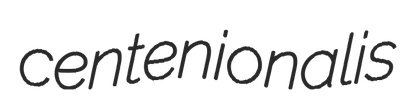
centenionalis